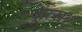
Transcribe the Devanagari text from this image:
कुत्स।